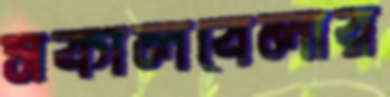
সকালবেলার